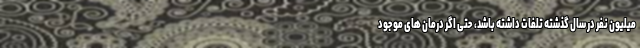
میلیون نفر در سال گذشته تلفات داشته باشد، حتی اگر درمان های موجود